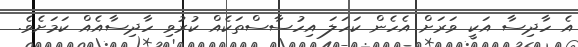
އެ ހާދިސާ އަކީ ވަރަށް އެހެން ކަހަލަ އިހުސާސްތަކެއް ކުރުވި ހާދިސާއެއް ކަމަށެވެ.